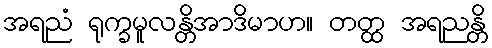
အရညံ ရုက္ခမူလန္တိအာဒိမာဟ။ တတ္ထ အရညန္တိ